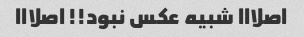
اصلااا شبیه عکس نبود!! اصلااا